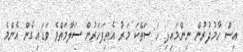
އިސް ހާމުދުރުން ނިންމައިފި ހަ ސަތޭކަ މަރު އެތިފަހަރުން ސަލާމަތްވެ ވަޑައިގެން އެންމެ